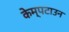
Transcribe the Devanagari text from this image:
केम्पटाउन